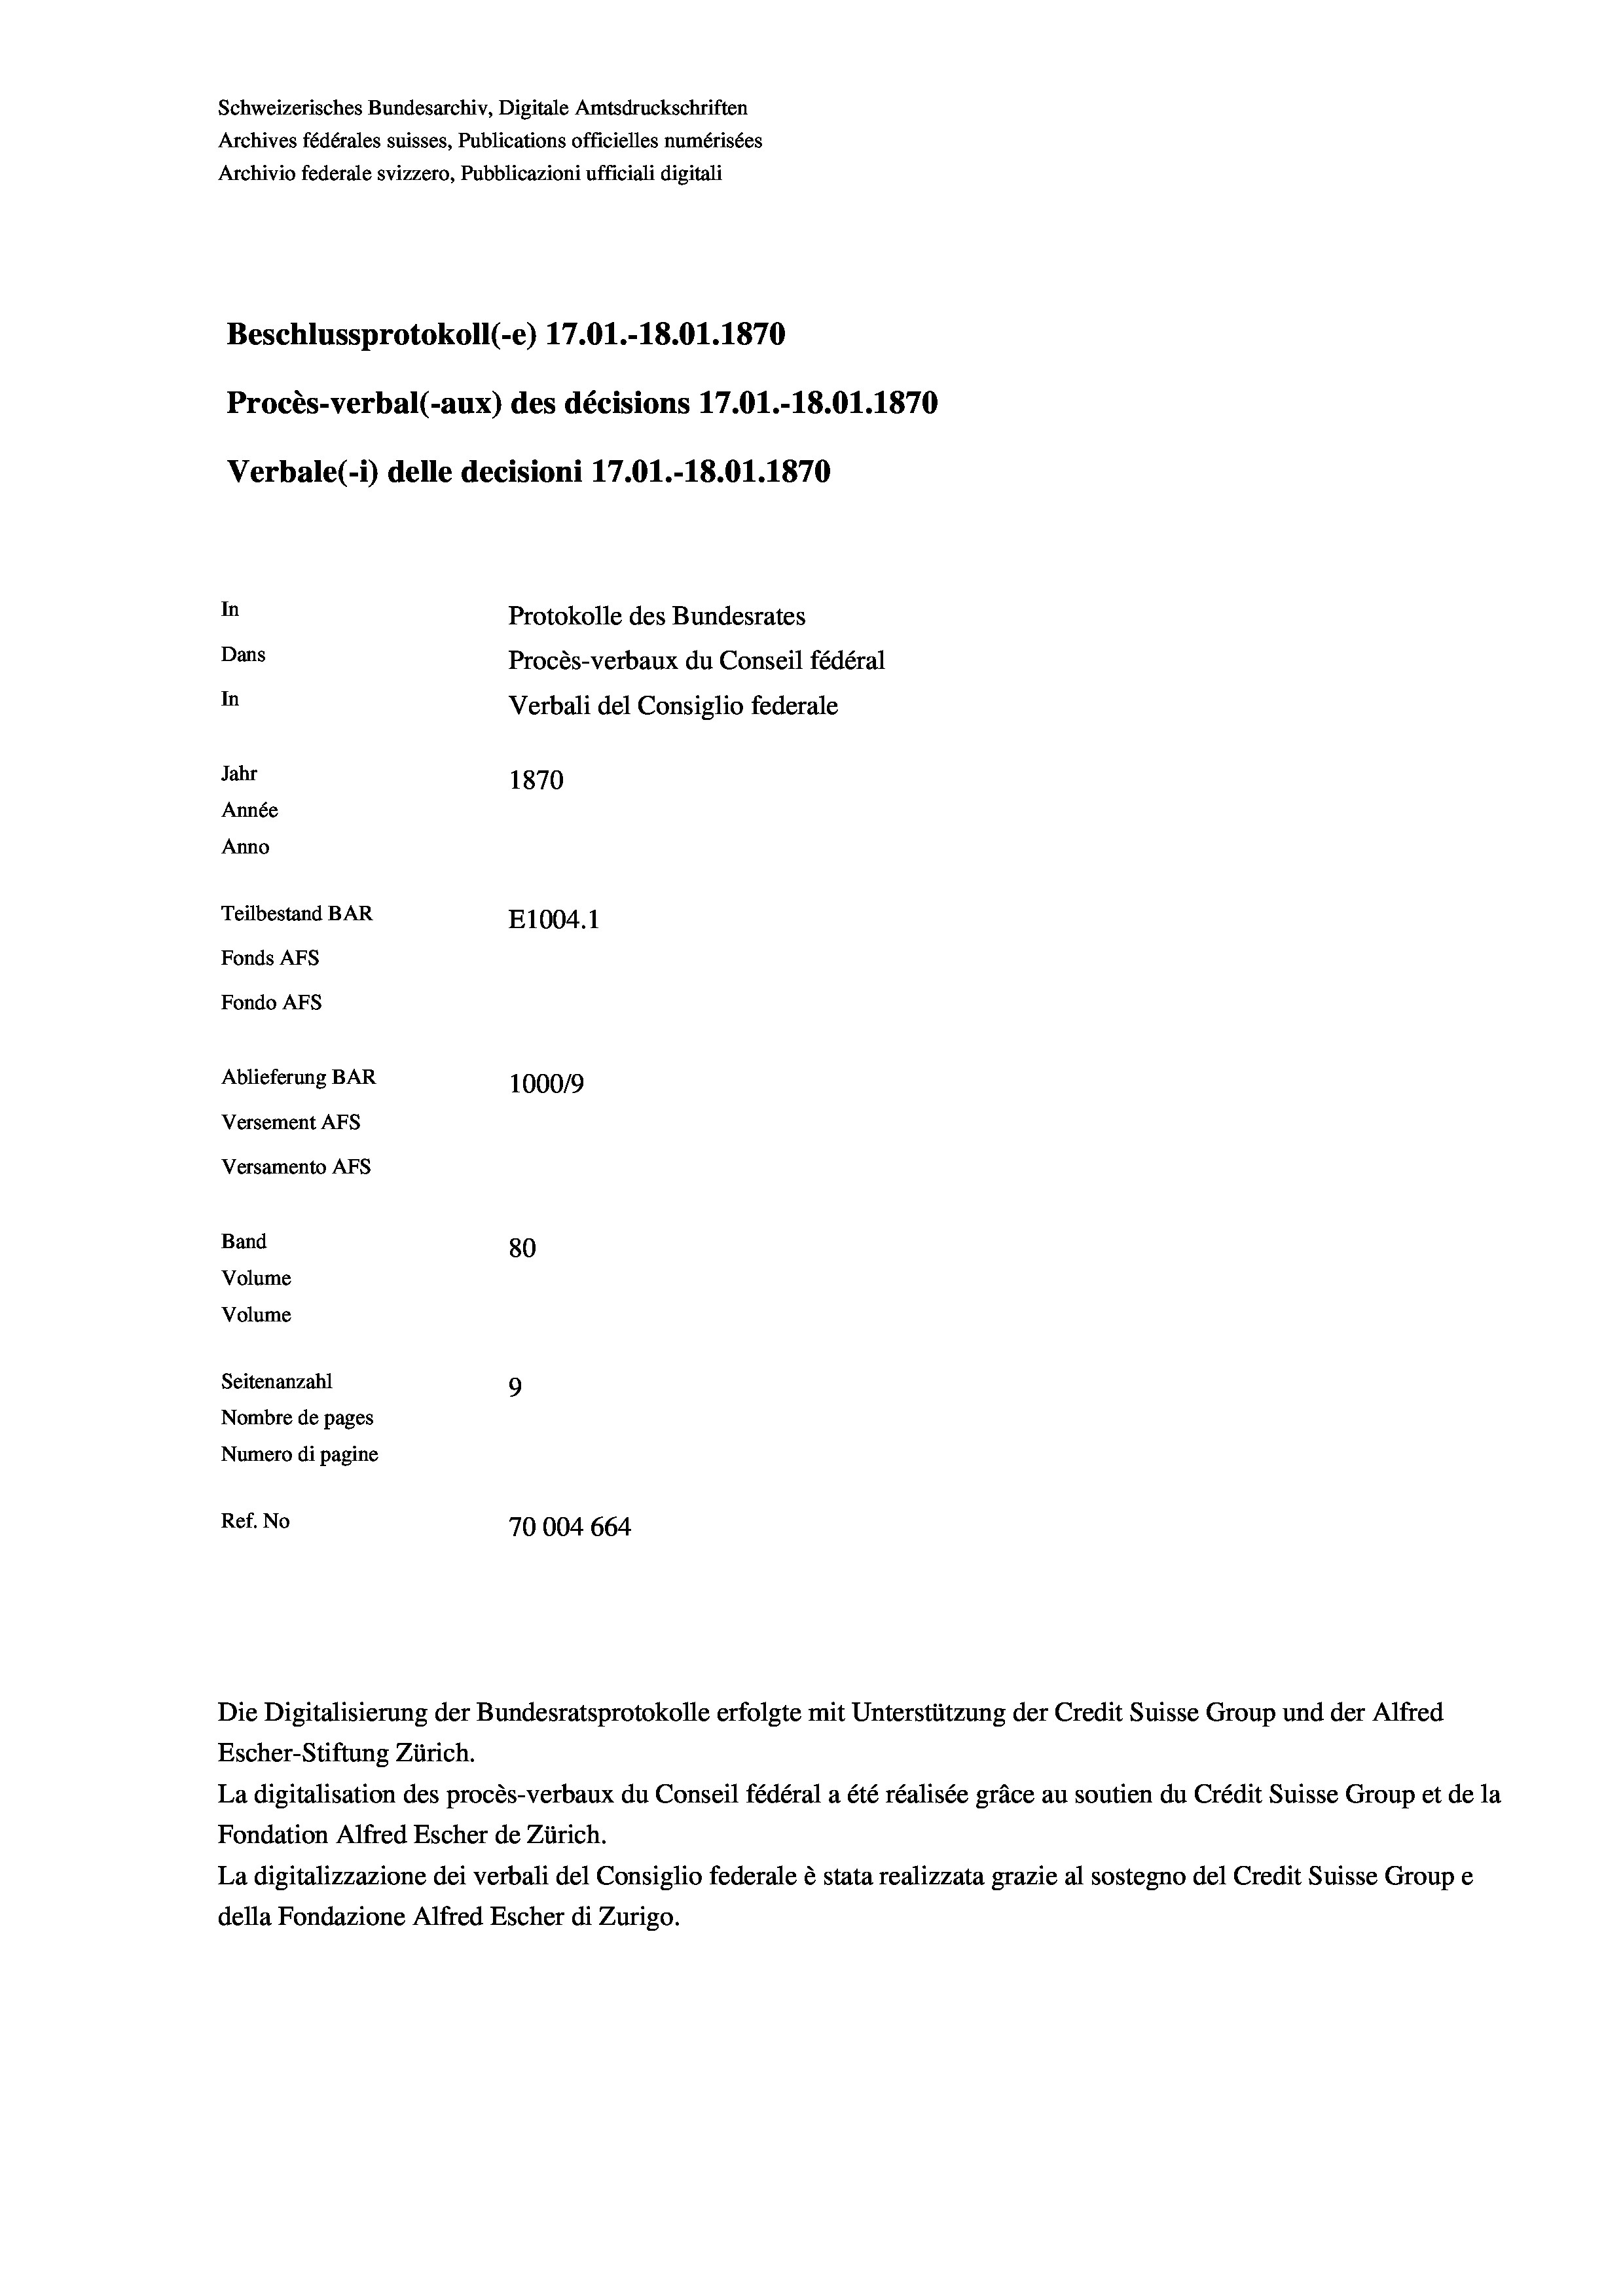
Schweizerisches Bundesarchiv, Digitale Amtsdruckschriften
Archives fédérales suisses, Publications officielles numérisées
Archivio federale svizzero, Pubblicazioni ufficiali digitali
Beschlussprotokoll (-e) 17.01.-18.01. 1870
Procès-verbal (-aux) des décisions 17.01.-18.01.1870
Verbale(-*) delle decisioni 17.01.-18.01. 1870
In
Protokolle des Bundesrates
Dans
Procès-verbaux du Conseil fédéral
In
Verbali del Consiglio federale
Jahr
1870
Année
Anno
Teilbestand BAR
E1004.1
Fonds AFs
Fondo AFs
Ablieferung BAR
100019
Versement AFs
Versamento Afs
Band

80
Seitenanzahl
9
Nombre de pages
Numero di pagine
Ref. No
70004 664

Volume
Volume

La digitalisation des procès-verbaux du Conseil fédéral a été réalisée gräce au soutien du Crédit Suisse Group et de la
Fondation Alfred Escher de Zürich.
La digitalizzazione dei verbali del Consiglio federale è stata realizzata grazie al sostegno del Credit Suisse Groupe
della Fondazione Alfred Escher di Zurigo.

Die Digitalisierung der Bundesratsprotokolle erfolgte mit Unterstützung der Credit Suisse Group und der Alfred
Escher-Stiftung Zürich.